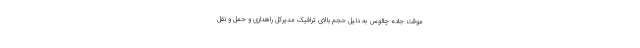
موقت جاده چالوس به دلیل حجم بالای ترافیک مدیرکل راهداری و حمل و نقل